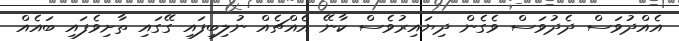
އެއްދުވަސް ދެދުވަސް ވެގެން ދިޔައިރުވެސް ކާނޭ އެއްޗެއް ނުލިބިފައި ގޭގައި ތާށިވެފައި ބައެއް